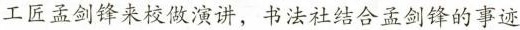
工匠孟剑锋来校做演讲，书法社结合孟剑锋的事迹